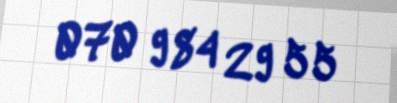
070 984 29 55